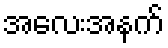
အလေးအနက်